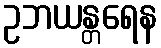
ဥဘယန္တရေန